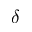
\delta